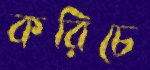
করিচে